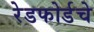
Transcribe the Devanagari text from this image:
रेडफोर्डचे